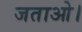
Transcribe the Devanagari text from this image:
जताओ।